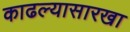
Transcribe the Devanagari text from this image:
काढल्यासारखा